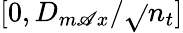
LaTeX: [0,D_{m\mathscr{A}x}/\sqrt{}{{n_{t}}}]